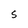
Character: S